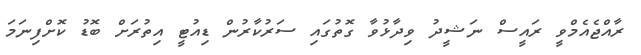
ރާއްޖެއެމްވީ ރައީސް ނަޝީދު ވިދާޅުވާ ގޮތުގައި ސަރުކާރުން ޑިއުޓީ އިތުރަށް ބޮޑު ކޮށްފިނަމަ